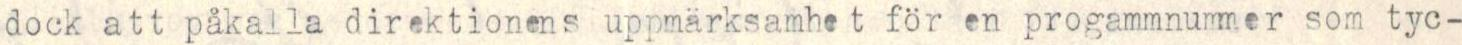
dock att påkalla direktionens uppmärksamhe t för en progammnummer som tyc-